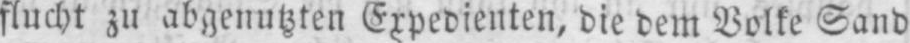
flucht zu abgenutzten Expedienten, die dem Volke Sand